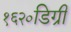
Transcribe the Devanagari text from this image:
१६२०डिग्री